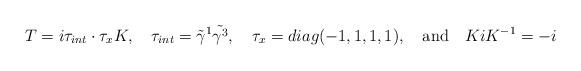
LaTeX: \begin{align*}T = i \tau_{int} \cdot \tau_x K, \quad \tau_{int} = \tilde{\gamma}^1 \tilde{\gamma^3}, \quad \tau_x = diag (-1, 1, 1, 1), \quad {\rm and} \quad K i K^{-1} = -i\end{align*}